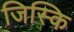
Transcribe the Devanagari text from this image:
जिस्कि